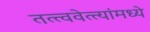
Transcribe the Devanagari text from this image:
तत्त्ववेत्त्यांमध्ये